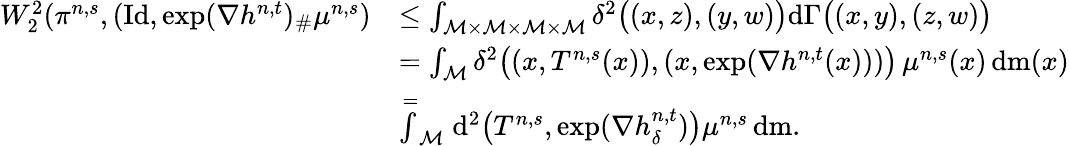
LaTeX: \begin{array}{rl}{W_{2}^{2}(\pi^{n,s},(\mathrm{Id},\exp(\nabla h^{n,t})_{\# }\mu^{n,s})}&{\leq\int_{\mathcal{M}\times\mathcal{M}\times\mathcal{M}\times\mathcal{M}}\delta^{2}\big((x,z),(y,w)\big)\mathrm{d}\Gamma\big((x,y),(z,w)\big)}\\ &{=\int_{\mathcal{M}}\delta^{2}\big((x,T^{n,s}(x)),(x,\exp(\nabla h^{n,t}(x)))\big)\, \mu^{n,s}(x)\, \mathrm{d}\mathrm{m}(x)}\\ &{\stackrel{=}\int_{\mathcal{M}}\mathrm{d}^{2}\big(T^{n,s},\exp(\nabla h_{\delta}^{n,t})\big)\mu^{n,s}\, \mathrm{d}\mathrm{m}.}\end{array}